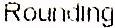
ROUNDING